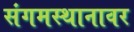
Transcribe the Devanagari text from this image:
संगमस्थानावर